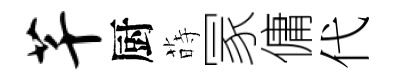
芊厨蒔冡傭代